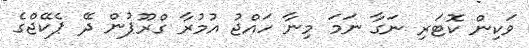
ވަކިން ކޮޓަރި ނަގާ ނަމަ މިނާ ހައްޖު އުމުރާ ގްރޫޕުން ދޭ ޕެކޭޖްގެ